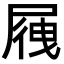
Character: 𡲕